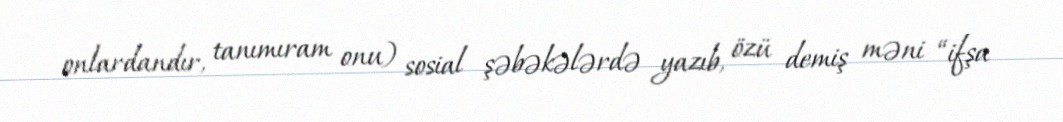
onlardandır, tanımıram onu) sosial şəbəkələrdə yazıb, özü demiş məni “ifşa